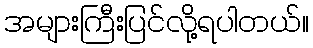
အများကြီးပြင်လို့ရပါတယ်။